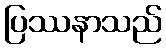
ပြဿနာသည်